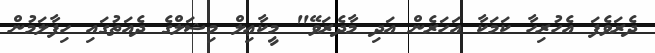
ދެރަވެފަ އެހުރިހާ ކަމަކާ އަހަރެން އަދި މާދެރަވޭ" މީކާޢިލް މިޝަލްގެ ދެއަތުގައި ހިފާލަމުން